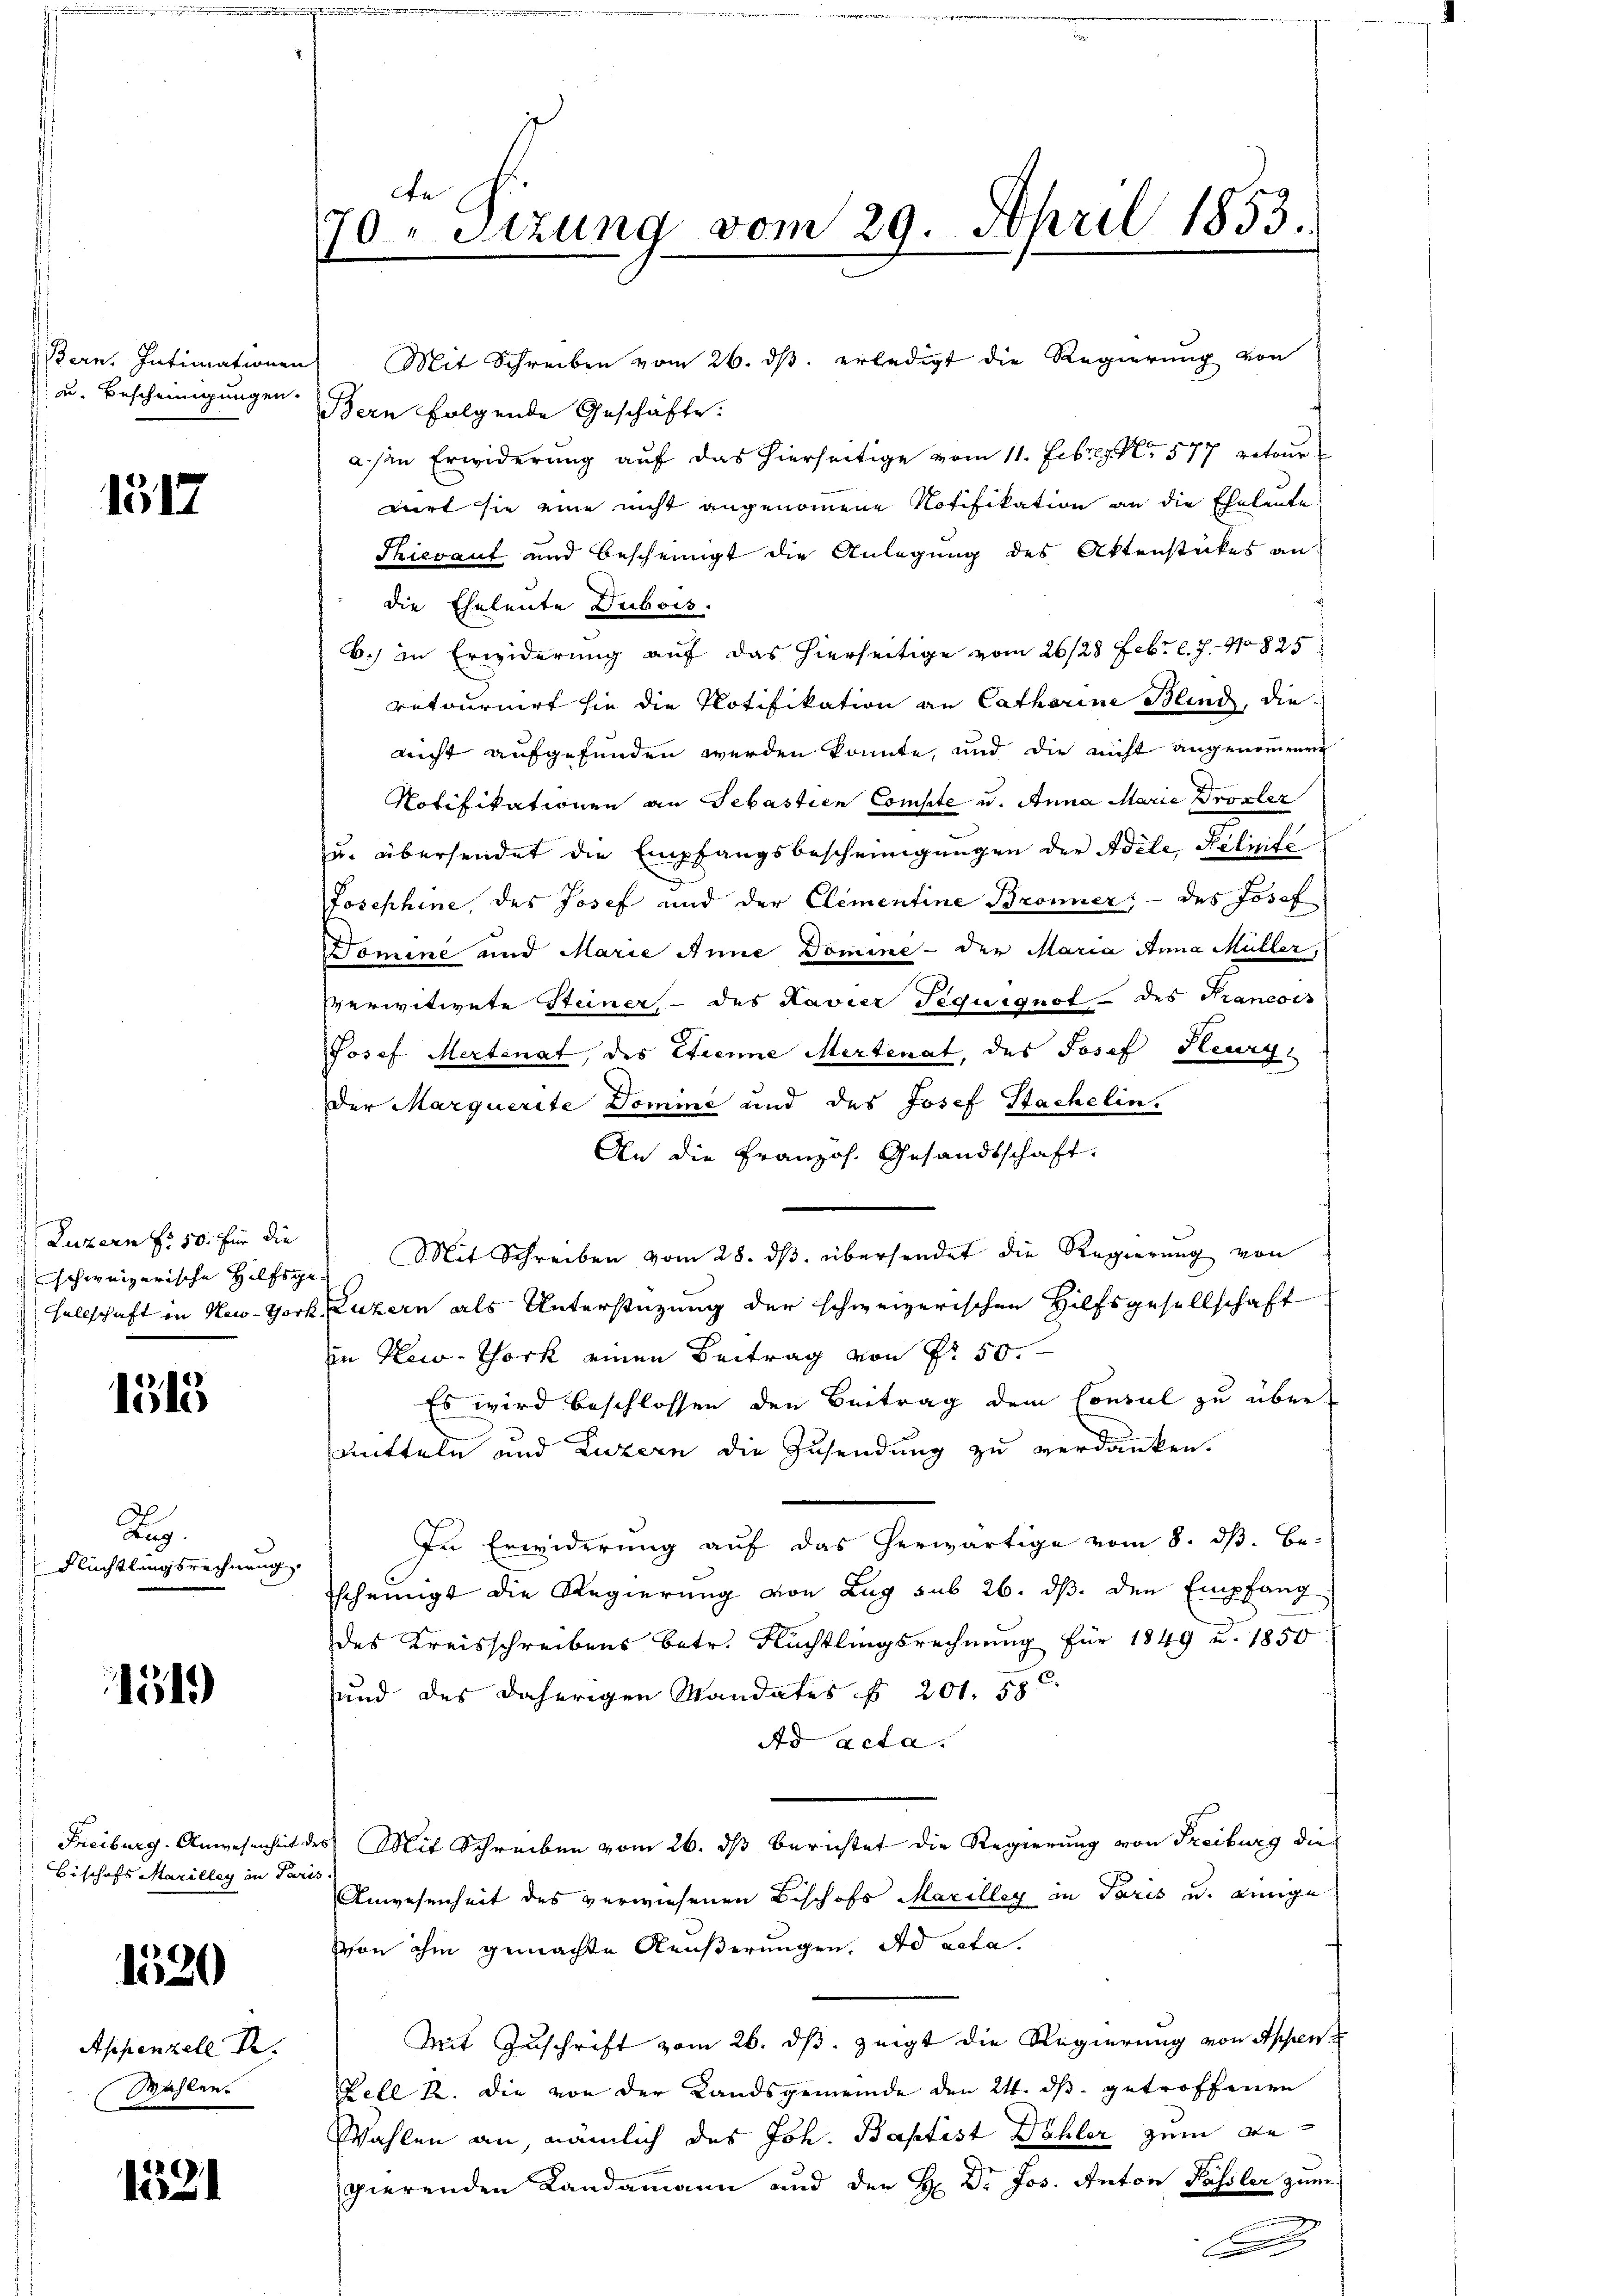
Bern. Intimationen
 u. Bescheinigungen.

1517

Luzern f: 50. für die

1515

Aug.
Flüchtlingsrechnung.

1519

Freiburg. Anwesenheit
Bischofs Marilley in Paris

1520

Appenzell Dr.
Wahlen.

1321

de
70 " Sizung vom 29. April 1853.
1

Mit Schreiben vom 26. dβ. erledigt die Regierung von

x

Bern folgende Geschäfte.
asen Erwiderung auf das hierseitige vom 11. Febr. s. No 577 retour
nirt sie eine nicht angenommene Notifikation an die Eheleute
Thierauf und bescheinigt die Anlegung des Aktenstückes an
die Eheleute Dubois.
b.) in Erwiderung auf das hierseitige vom 26/28 Febr. l. J. 1825
retournirt sie die Notifikation an Catharine Blind, die
nicht aufgefunden werden könnte, und die nicht angenommenen
Notifikationen an Sebastien Compte u. Anna Marie Drozler
u. übersendet die Empfangsbescheinigungen der Adele Reliefe
Josephine, des Josef und der Clementine Bronner, - des Josef
Domine und Marie Anne Domine - der Maria Anna Müller,
sverwitwete Steiner, - des Kavier Sequsgnof- des Francois
Josef Mertenat, des Etienne Mertenat, des Josef Heurg,
Der Marquerite Domme und des Josef Sachelin.
An die Französ. Gesandtschaft,
schweizerische Hilfsge Mit Schreiben vom 28. dβ übersendet die Regierung von
sellschaft in New-York, Luzern als Unterstüzung der schweizerischen Hilfsgesellschaft
in New-York einen Beitrag von Fr. 50.
Es wird beschlossen den Beitrag dem Consul zu übermitteln und Luzern die Zusendung zu verdanken.
In Erwiderung auf das herwärtige vom 8. dβ. Be-
scheinigt die Regierung von Zug sub 26. ds. den Empfang
des Kreisschreibens betr. Rechtlingsrechnung für 1849 u. 1850.
und des daherigen Mandates § 201. 58
Ad acta.
des Mit Schreiben vom 26. ds Berichtet die Regierung von Freiburg die
Anwesenheit des verwiesenen Bischofs Marilleg in Paris und einge
von ihm gemachte Aeußerungen. ad acta.
Mit Zuschrift vom 26. ds. zeigt die Regierung von Appen
Fell A. Die von der Landsgemeinde den 24. ds getroffenen
Wahlen an nämlich des Joh. Baptist Dähler zum Begierenden Landammann und der H. Dr. Jos. Anton Passler zum